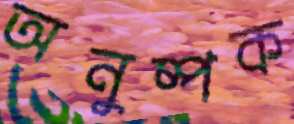
অনুষ্পক